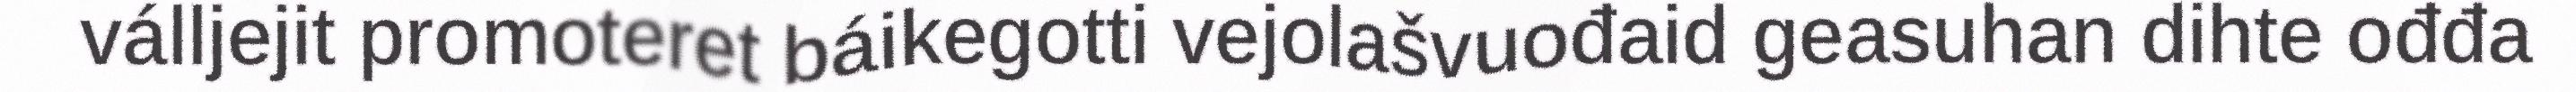
válljejit promoteret báikegotti vejolašvuođaid geasuhan dihte ođđa